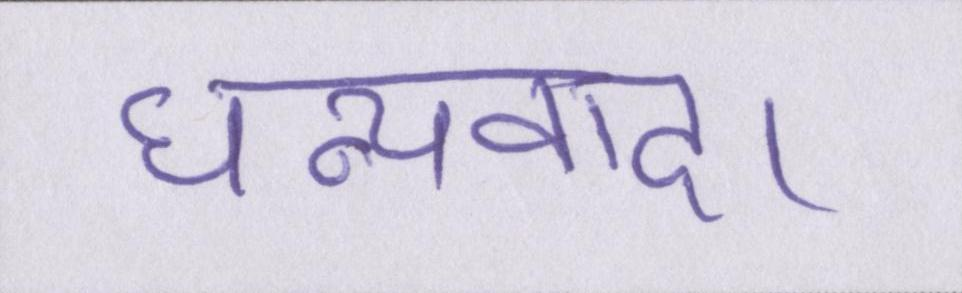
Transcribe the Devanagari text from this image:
धन्यवाद।